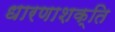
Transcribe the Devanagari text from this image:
धारणाशक्ति